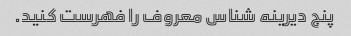
پنج دیرینه شناس معروف را فهرست کنید.